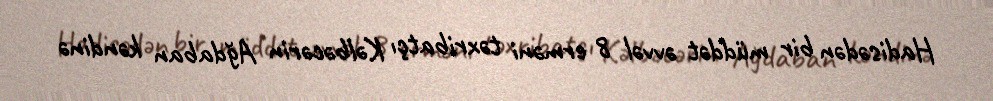
Hadisədən bir müddət əvvəl 8 erməni təxribatçı Kəlbəcərin Ağdaban kəndinə